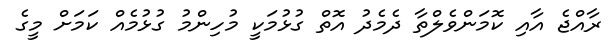
ރާއްޖެ އާއި ކޮމަންވެލްތާ ދެމެދު އޮތް ގުޅުމަކީ މުހިންމު ގުޅުމެއް ކަމަށް މީގެ